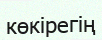
көкірегің